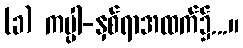
(ခ) ကပ္ပါ-နှစ်ရာအထက်၌...။